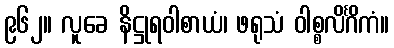
၉၆၂။ လူခေ နိဋ္ဌုရဝါစာယံ၊ ဖရုသံ ဝါစ္စလိင်္ဂိကံ။